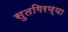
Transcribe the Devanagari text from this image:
सुतगिरण्या